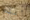
أعلم